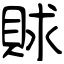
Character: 賕